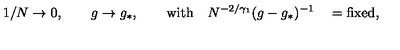
1 / N \rightarrow 0 , \qquad g \rightarrow g _ { * } , \qquad \mathrm { w i t h } \quad N ^ { - 2 / \gamma _ { 1 } } ( g - g _ { * } ) ^ { - 1 } \quad = \mathrm { f i x e d , }